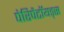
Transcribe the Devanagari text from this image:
पेरिपैटॉयड्स